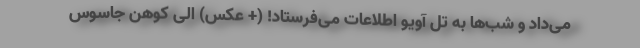
می‌داد و شب‌ها به تل آویو اطلاعات می‌فرستاد! (+ عکس) الی کوهن جاسوس